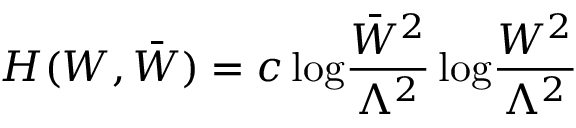
{ \cal H } ( W , \bar { W } ) = c \, \mathrm { l o g } \frac { \bar { W } ^ { 2 } } { \Lambda ^ { 2 } } \, \mathrm { l o g } \frac { W ^ { 2 } } { \Lambda ^ { 2 } }